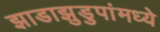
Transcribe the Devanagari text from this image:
झाडाझुडुपांमध्ये